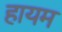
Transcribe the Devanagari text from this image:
हायम